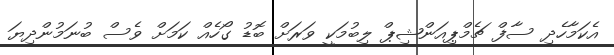
އެކަމާހެދި ސާފް ޗެމްޕިއަންޝިޕް ލިބުމަކީ ވަރަށް ބޮޑު ގޯހެއް ކަމަށް ވެސް ބުނަމުންދިޔަ